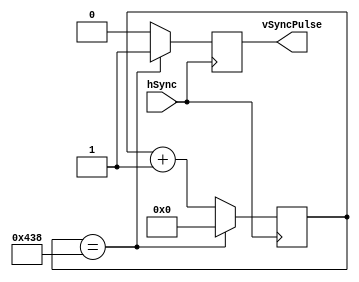
//Vertical Sync Module

module vsync #( 
	parameter busWidth = 11, 
	parameter [ ( busWidth - 1 ) : 0 ] resVertical = 1080
)
(
	//input [ (busWidth - 1) : 0] 	resVertical,		//Vertical Resolution e.g. 1080, 11 bits = 1024 - 2047 max
	//input [ (busWidth - 1) : 0]	counterVal,			//Counter value to tell vsync when to pulse e.g. every 1080 pixels
	input							hSync,				//Pixel clock speed
	output 							vSyncPulse			//Output V Sync pulse
	//output 						vCountReset_n		//Send a signal to reset the vSync counter to 0
);

	//Define Registers
	reg pulseReg = 1'b0;
	reg [ ( busWidth - 1 ) : 0 ] vCounter = 1'b0;	//Counter used to store the current value of the vertical pixel being drawn.

	//reg reset = 1'b1;				//Reset counter register (Active Low)
	
	//Define Assignments
	assign vSyncPulse = pulseReg;
	//assign vCountReset_n = reset;
	
	always @( posedge(hSync) )
	begin
		//If the end of the first line is reached, pulse the hsync
		if( vCounter == resVertical)
			begin
				//Pulse HSync
				pulseReg = 1'b1;
				//Reset the counter.
				vCounter = 0;
			end
		else
			begin
				//Keep HSync low
				pulseReg = 1'b0;
				//Increment the counter.
				vCounter = vCounter + 1'b1;
				//reset = 1'b1;
			end
	end
	
endmodule